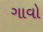
ગાવો